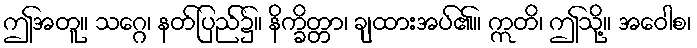
ဤအတူ။ သဂ္ဂေ၊ နတ်ပြည်၌။ နိက္ခိတ္တာ၊ ချထားအပ်၏။ ဣတိ၊ ဤသို့။ အဝေါစ၊